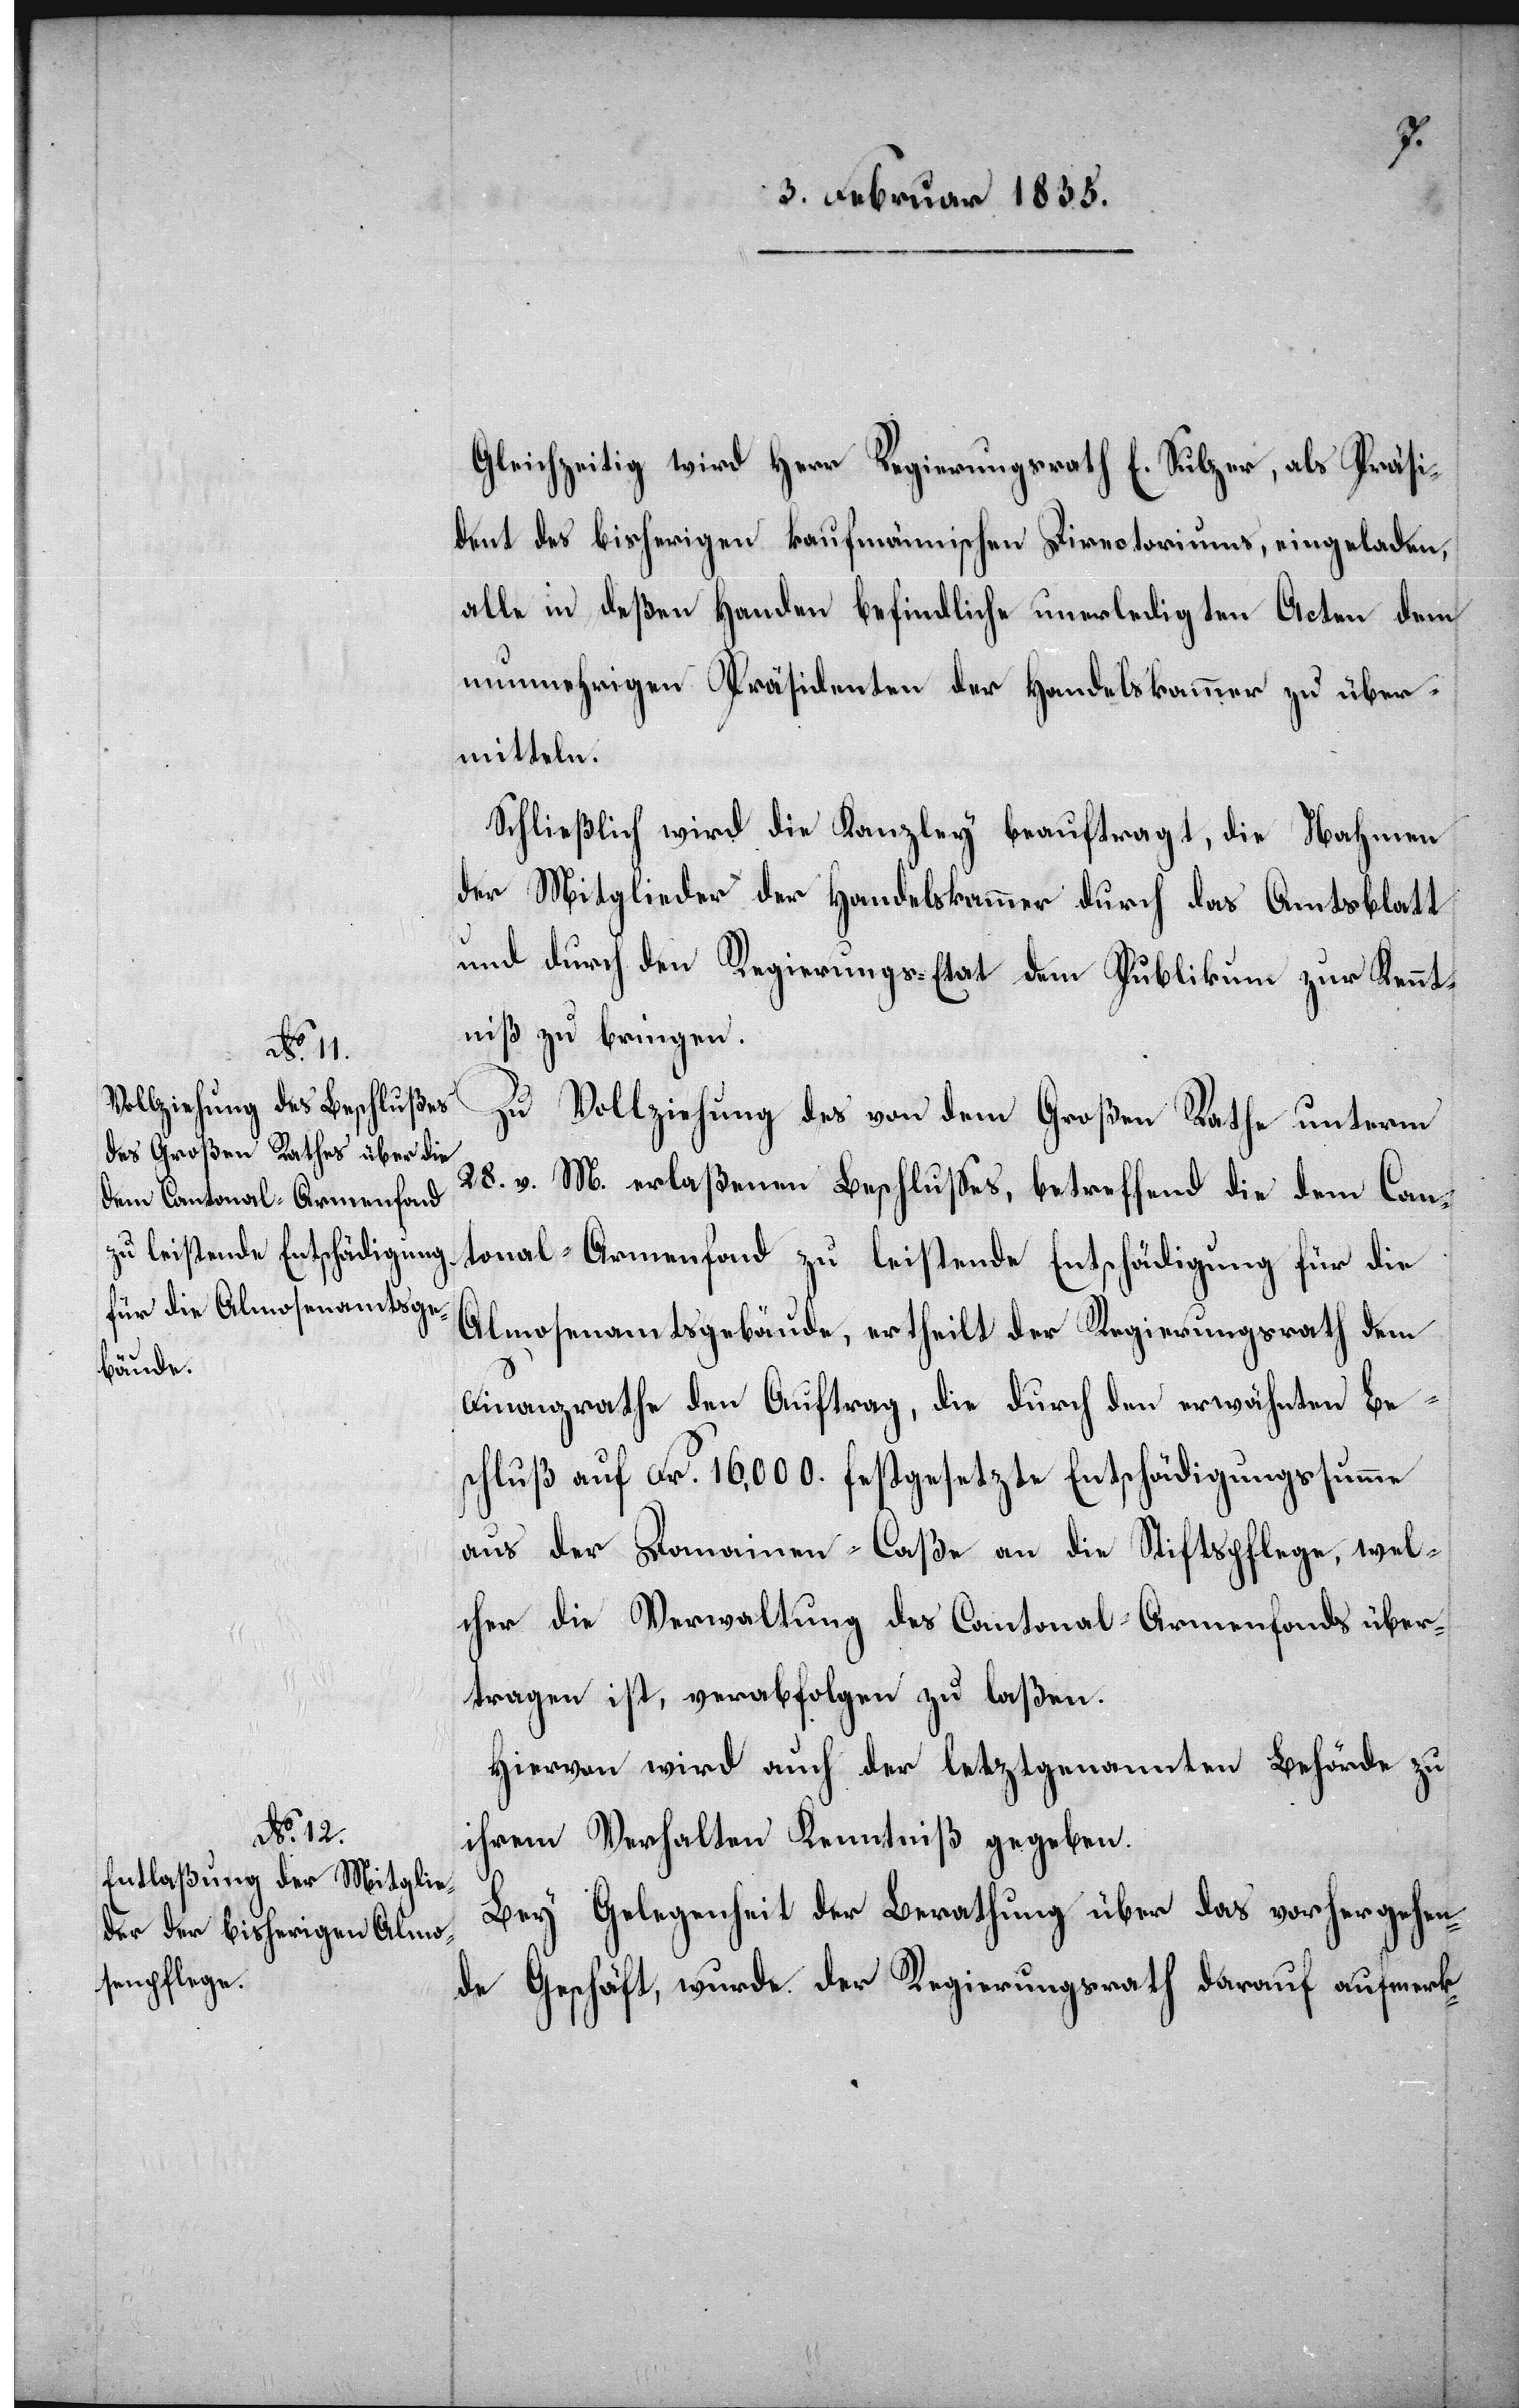
Gleichzeitig wird Herr Regierungsrath E. Sulzer, als Präsi¬
dent des bisherigen kaufmännischen Directoriums, eingeladen,
alle in deßen Handen befindliche unerledigten Acten dem
nunmehrigen Präsidenten der Handelskammer zu über¬
mitteln.
Schließlich wird die Kanzley beauftragt, die Nahmen
der Mitglieder der Handelskammer durch das Amtsblatt
und durch den Regierungs-Etat dem Publikum zur Kennt¬
niß zu bringen.
Zu Vollziehung des von dem Großen Rathe unterm
28. d. M. erlaßenen Beschlußes, betreffend die dem Can¬
tonal-Armenfond zu leistende Entschädigung für die
Almosenamtsgebäude, ertheilt der Regierungsrath dem
Finanzrathe den Auftrag, die durch den erwähnten Be¬
schluß auf Fr. 16,000. festgesetzte Entschädigungssumme
aus der Domainen-Caßa an die Stiftspflege, wel¬
cher die Verwaltung des Cantonal-Armenfonds über¬
tragen ist, verabfolgen zu laßen.
Hiervon wird auch der letztgenannten Behörde zu
ihrem Verhalten Kenntniß gegeben.
Bey Gelegenheit der Berathung über das vorhergehen¬
de Geschäft, wurde der Regierungsrath darauf aufmerk-